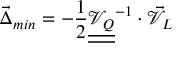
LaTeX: \vec { \Delta } _ { m i n } = - \frac { 1 } { 2 } \underline { { { \underline { { { \mathcal { V } _ { Q } } } } } } } ^ { - 1 } \cdot \vec { \mathcal { V } } _ { L }